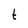
Character: t